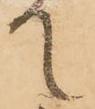
て